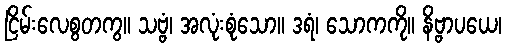
ငြိမ်းလေစွတကွ။ သဗ္ဗံ၊ အလုံးစုံသော။ ဒရံ၊ သောကကို။ နိဗ္ဗာပယေ၊